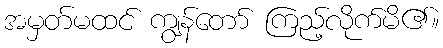
အမှတ်မထင် ကျွန်တော် ကြည့်လိုက်မိ၏။